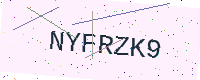
Text: NYFRZK9